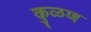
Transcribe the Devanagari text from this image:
कुळण